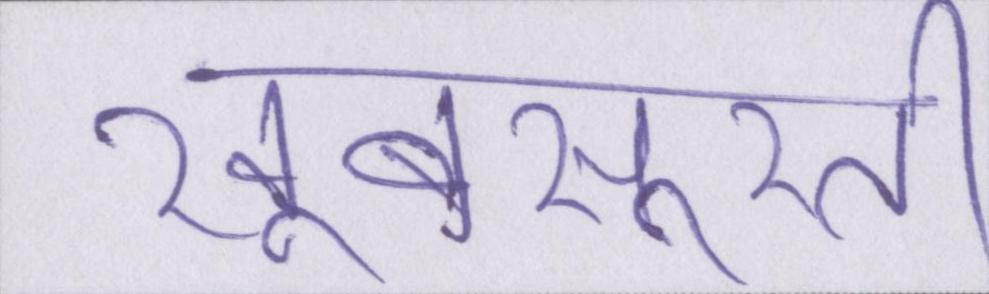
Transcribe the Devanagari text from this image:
खूबसूरती